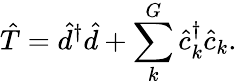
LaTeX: \hat{T}=\hat{d}^{\dagger}\hat{d}+\sum_{k}^{G}\hat{c}_{k}^{\dagger}\hat{c}_{k}.